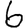
Digit: 6